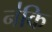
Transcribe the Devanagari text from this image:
न॑कि